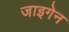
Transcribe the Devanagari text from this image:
जाइगेन